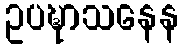
ဥပဍ္ဎာသနေန